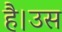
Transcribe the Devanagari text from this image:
है।उस